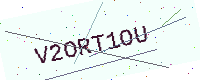
Text: V2ORT1OU